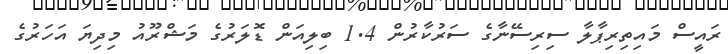
ރައީސް މައިތިރިޕާލާ ސިރިސޭނާގެ ސަރުކާރުން 1.4 ބިލިއަން ޑޮލަރުގެ މަޝްރޫއު މިދިޔަ އަހަރުގެ